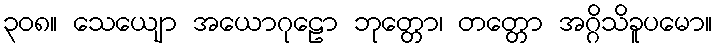
၃၀၈။ သေယျော အယောဂုဠော ဘုတ္တော၊ တတ္တော အဂ္ဂိသိခူပမော။